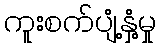
ကူးစက်ပျံ့နှံ့မှု